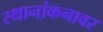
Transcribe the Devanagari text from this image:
स्थानांकनावर